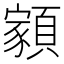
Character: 𩔧